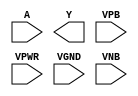
module sky130_fd_sc_ls__bufinv (
    //# {{data|Data Signals}}
    input  A   ,
    output Y   ,

    //# {{power|Power}}
    input  VPB ,
    input  VPWR,
    input  VGND,
    input  VNB
);
endmodule